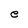
Character: e